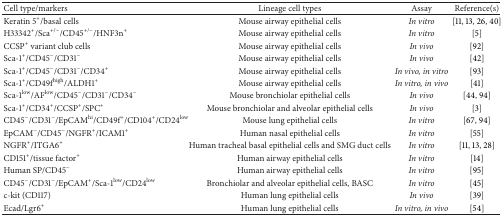
| Cell type/markers | Lineage cell types | Assay | Reference(s) |
 | --- | --- | --- | --- |
 | Keratin 5+/basal cells | Mouse airway epithelial cells | In vitro | [11, 13, 26, 40] |
 | H33342+/Sca+/−/CD45+/−/HNF3n+ | Mouse airway epithelial cells | In vitro | [5] |
 | CCSP+ variant club cells | Mouse airway epithelial cells | In vivo | [92] |
 | Sca-1+/CD45−/CD31− | Mouse airway epithelial cells | In vivo | [42] |
 | Sca-1+/CD45−/CD31−/CD34+ | Mouse airway epithelial cells | In vivo, in vitro | [93] |
 | Sca-1+/CD49fhigh/ALDH1+ | Mouse airway epithelial cells | In vitro, in vivo | [41] |
 | Sca-1low/AFlow/CD45−/CD31−/CD34− | Mouse bronchiolar epithelial cells | In vivo | [44, 94] |
 | Sca-1+/CD34+/CCSP+/SPC+ | Mouse bronchiolar and alveolar epithelial cells | In vivo | [3] |
 | CD45−/CD31−/EpCAMhi/CD49f+/CD104+/CD24low | Mouse lung epithelial cells | In vitro | [67, 94] |
 | EpCAM−/CD45−/NGFR+/ICAM1+ | Human nasal epithelial cells | In vitro | [55] |
 | NGFR+/ITGA6+ | Human tracheal basal epithelial cells and SMG duct cells | In vitro | [11, 13, 28] |
 | CD151+/tissue factor+ | Human airway epithelial cells | In vitro | [14] |
 | Human SP/CD45− | Human airway epithelial cells | In vitro | [95] |
 | CD45−/CD31−/EpCAM+/Sca-1low/CD24low | Bronchiolar and alveolar epithelial cells, BASC | In vitro | [45] |
 | c-kit (CD117) | Human lung epithelial cells | In vivo | [39] |
 | Ecad/Lgr6+ | Human lung epithelial cells | In vitro, in vivo | [54] |